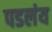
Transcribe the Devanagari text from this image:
पडलंय